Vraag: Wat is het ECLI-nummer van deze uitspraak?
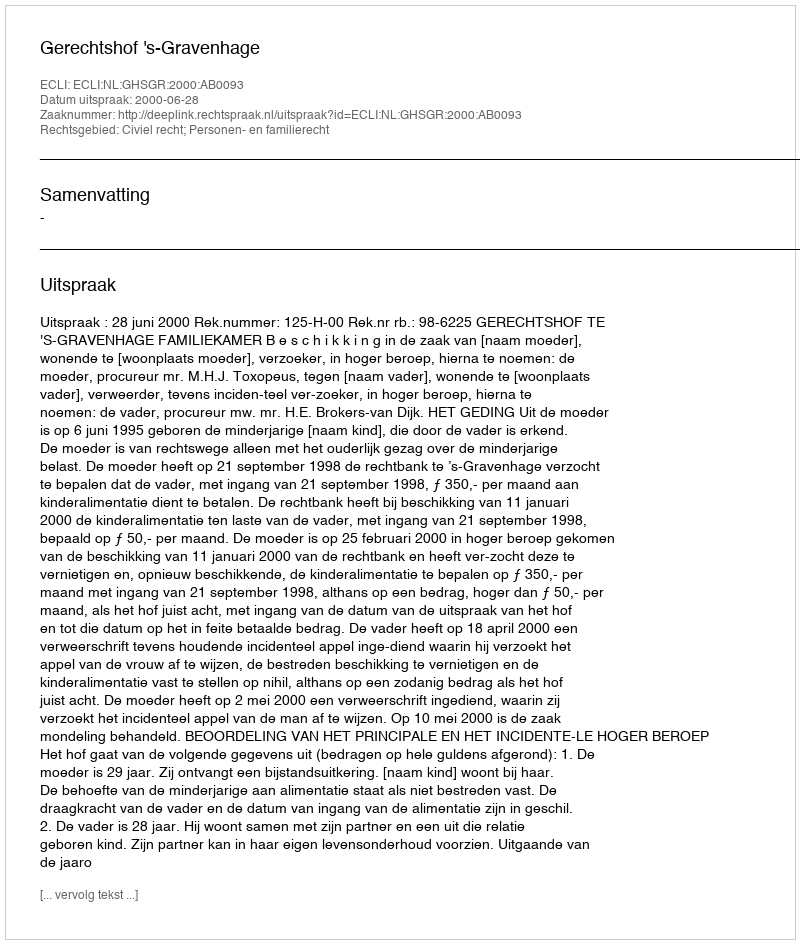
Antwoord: ECLI:NL:GHSGR:2000:AB0093